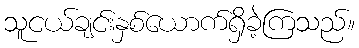
သူငယ်ချင်းနှစ်ယောက်ရှိခဲ့ကြသည်။